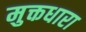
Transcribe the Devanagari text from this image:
मुक्तधारा